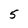
Character: 5